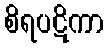
စိရပဋိကာ